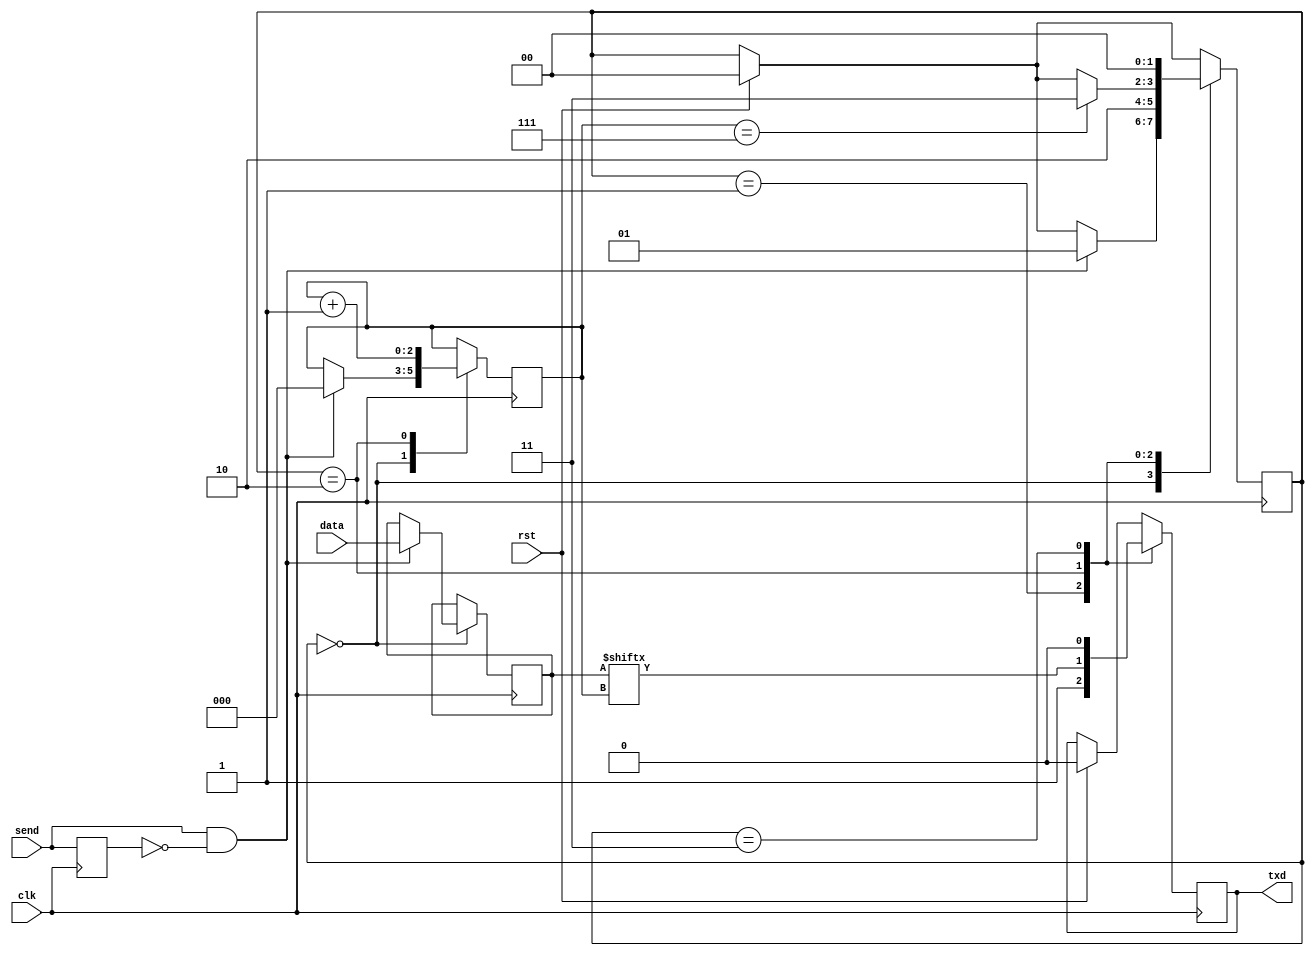
`timescale 1ns / 1ps
//////////////////////////////////////////////////////////////////////////////////
// Company: 
// Engineer: 
// 
// Design Name: 
// Module Name:    fsm 
// Project Name: 
// Target Devices: 
// Tool versions: 
// Description: 
//
// Dependencies: 
//
// Revision: 
// Revision 0.01 - File Created
// Additional Comments: 
//
//////////////////////////////////////////////////////////////////////////////////
module fsm(
	input clk,
	input rst,
	input send,
	input [7:0] data,
	
	output txd
);

localparam STATE1 = 2'b00;
localparam STATE2 = 2'b01;
localparam STATE3 = 2'b10;
localparam STATE4 = 2'b11;

reg [1:0] state = STATE1;
reg [7:0] tmp_data;
reg last_send_val = 1'b0;
reg [2:0] current_bit;
reg d = 1'b0;

always @(posedge clk)
begin
	if(rst)
	begin
		d <= 0;
		state <= STATE1;
	end
	case(state)
	STATE1:
	begin
		if(send == 1 & last_send_val == 0)
		begin
			tmp_data <= data;
			current_bit <= 3'b000;
			state <= STATE2;
		end
	end
	STATE2:
	begin
		d <= 1'b1;
		state <= STATE3;
	end
	STATE3:
	begin
		
		d <= tmp_data[current_bit];
		current_bit <= current_bit + 1;
		
		if(current_bit  == 3'b111) state <= STATE4; // wszystkie bity wysano 
	end
	STATE4:
	begin
		d <= 1'b0;
		state <= STATE1;
	end
	endcase
	
	last_send_val <= send;
end

assign txd = d;
endmodule